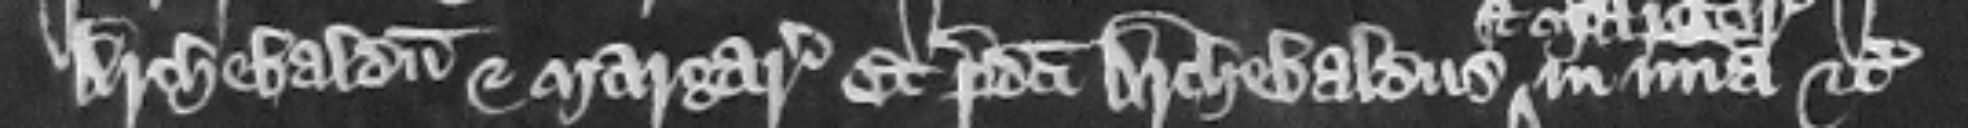
Archebaldum et Margaretam Et predicti Archebaldus in misericordia etc.